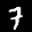
Label: 7